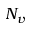
N _ { v }